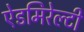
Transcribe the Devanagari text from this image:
ऐडमिरेल्टी